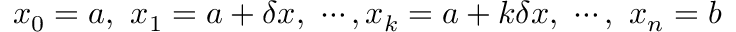
x _ { 0 } = a , \ x _ { 1 } = a + \delta x , \ \cdots , x _ { k } = a + k \delta x , \ \cdots , \ x _ { n } = b